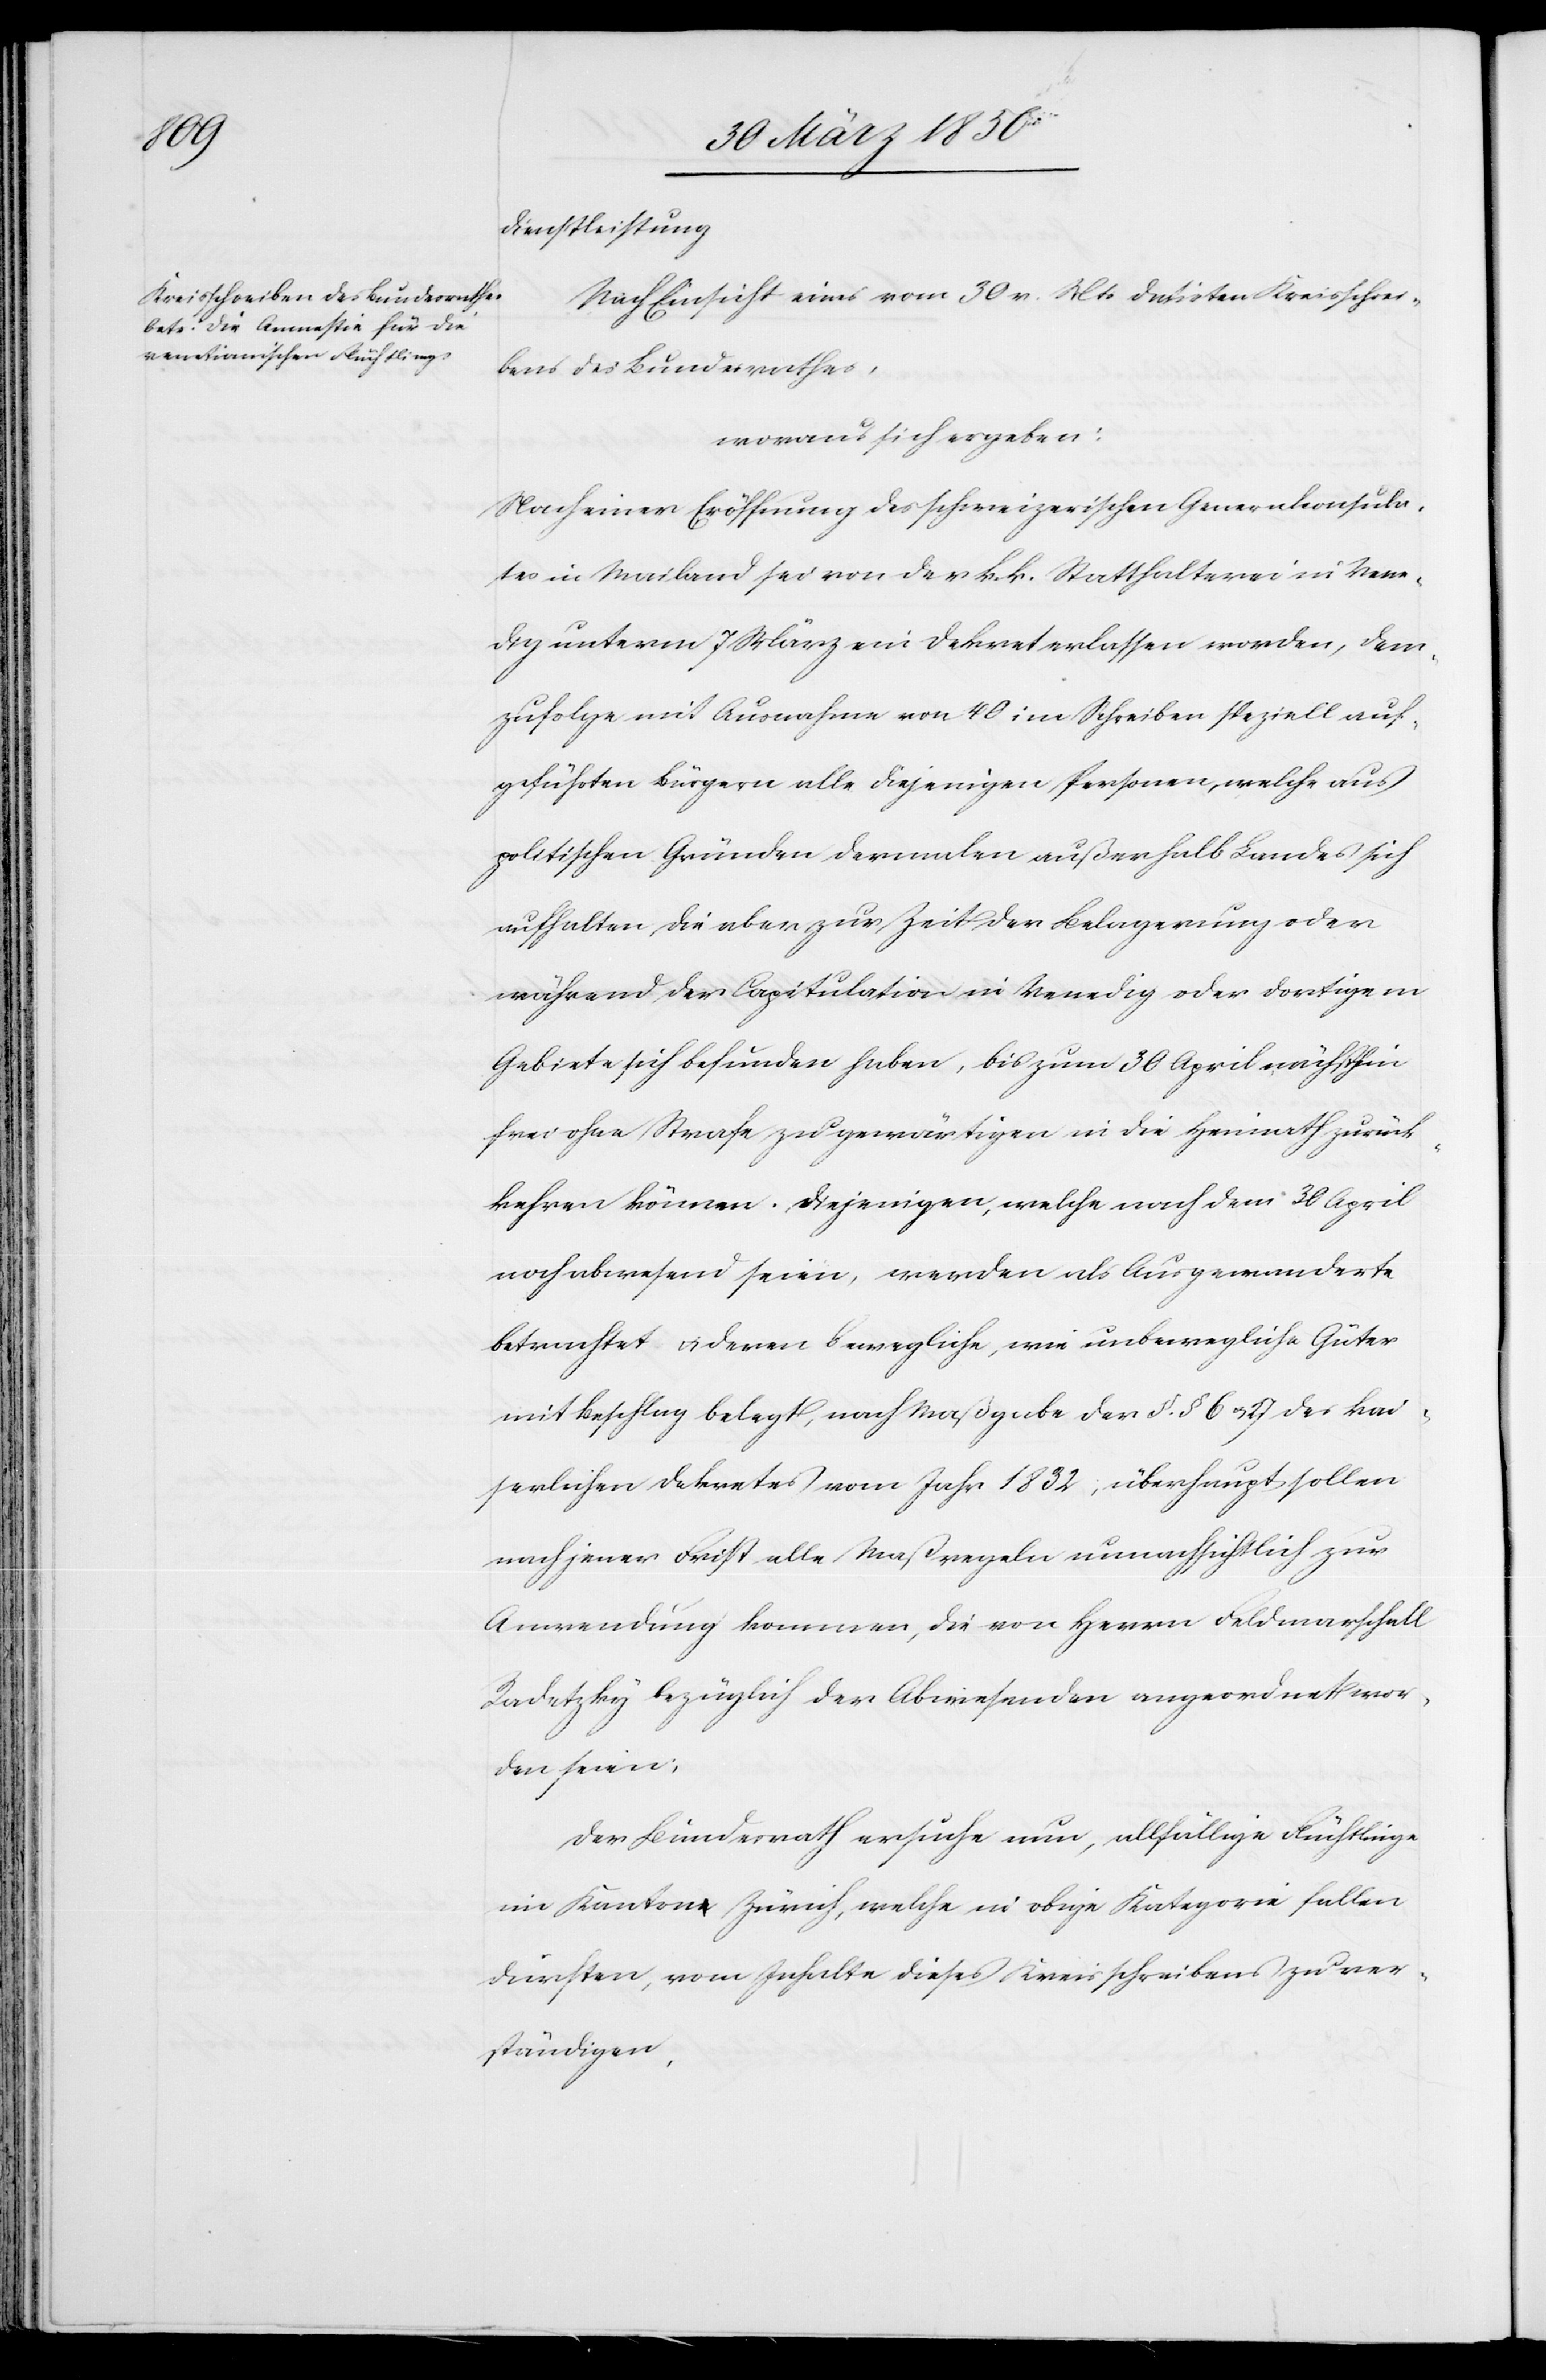
dienstleistung.
Nach Einsicht eines vom 30 v. Mts datirten Kreisschrei¬
bens des Bundesrathes,
woraus sich ergeben:
Nach einer Eröffnung des schweizerischen Generalconsula¬
tes in Mailand sei von der k. k. Statthalterei in Vene¬
dig unterm 7 März ein Dekret erlassen worden, dem¬
zufolge mit Ausnahme von 40 im Schreiben speziell auf¬
geführten Bürgern alle diejenigen Personen, welche aus
politischen Gründen dermalen außerhalb Landes sich
aufhalten, die aber zur Zeit der Belagerung oder
während der Capitulation in Venedig oder dortigem
Gebiete sich befunden haben, bis zum 30 April nächsthin
frei ohne Strafe zu gewärtigen in die Heimath zurück¬
kehren können. Diejenigen, welche nach dem 30 April
noch abwesend seien, werden als Ausgewanderte
betrachtet u. deren bewegliche, wie unbewegliche Güter
mit Beschlag belegt, nach Maßgabe der §. § 6 u. 27 des kai¬
serlichen Dekretes vom Jahr 1832; überhaupt sollen
nach jener Frist alle Maßregeln unnachsichtlich zur
Anwendung kommen, die von Herrn Feldmarschall
Radetzky bezüglich der Abwesenden angeordnet wor¬
den seien.
Der Bundesrath ersuche nun, allfällige Flüchtlinge
im Kanton Zürich, welche in obige Kategorie fallen
dürften, vom Inhalte dieses Kreisschreibens zu ver¬
ständigen,